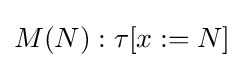
M(N):\tau [x:=N]